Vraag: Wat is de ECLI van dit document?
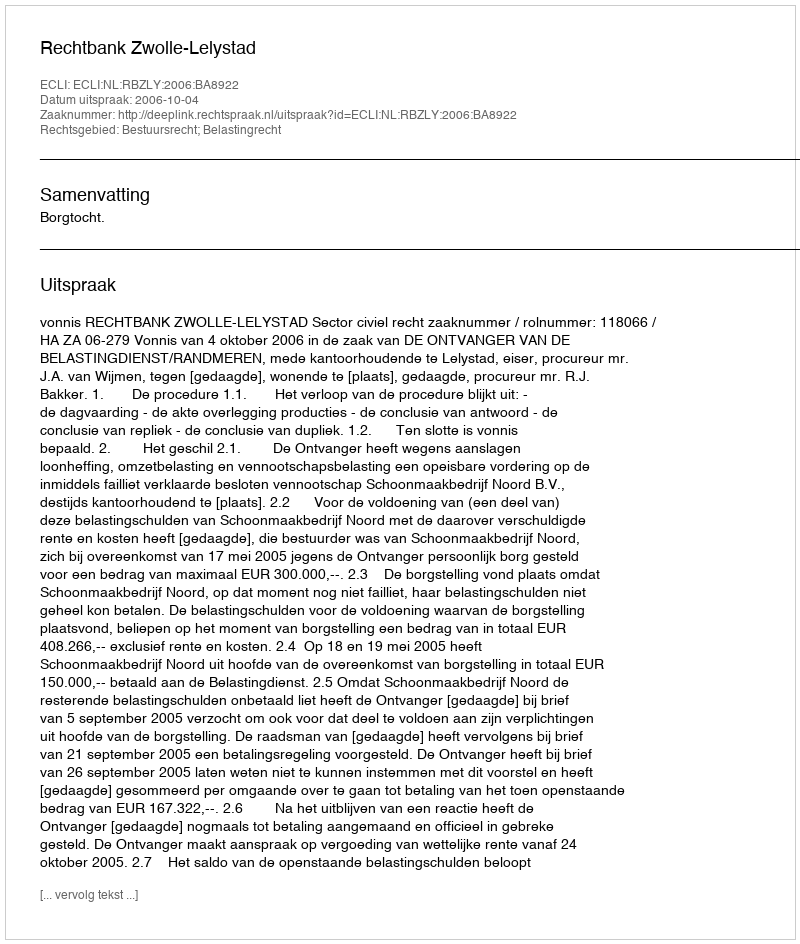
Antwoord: ECLI:NL:RBZLY:2006:BA8922